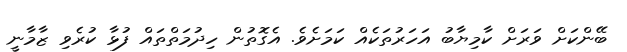
ބޭންކަށް ވަރަށް ކާމިޔާބު އަހަރުތަކެއް ކަމަށެވެ. އެގޮތުން ހިދުމަތްތައް ފުޅާ ކުރެވި ޒާމާނީ